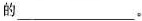
的___。